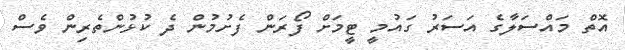
އޮތް މައްސަލާގެ އަސަރު ގައުމީ ޓީމަށް ފޯރަން ފެށުމުން ދެ ކުޅުންތެރިން ވެސް